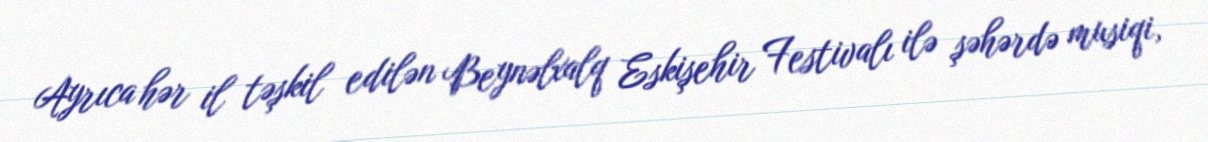
Ayrıca hər il təşkil edilən Beynəlxalq Eskişehir Festivalı ilə şəhərdə musiqi,